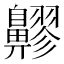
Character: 𪖷